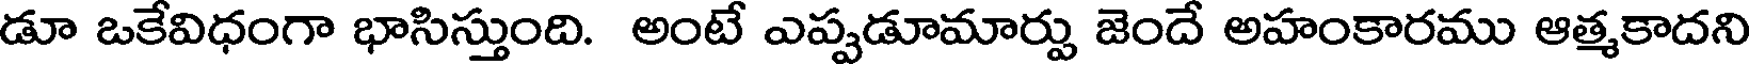
డూ ఒకేవిధంగా భాసిస్తుంది. అంటే ఎప్పడూమార్పు జెందే అహంకారము ఆత్మకాదని